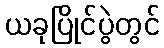
ယခုပြိုင်ပွဲတွင်